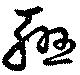
聯